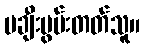
မချီးမွမ်းတတ်သူ။